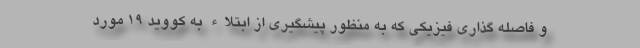
و فاصله گذاری فیزیکی که به منظور پیشگیری از ابتلاء به کووید ۱۹ مورد